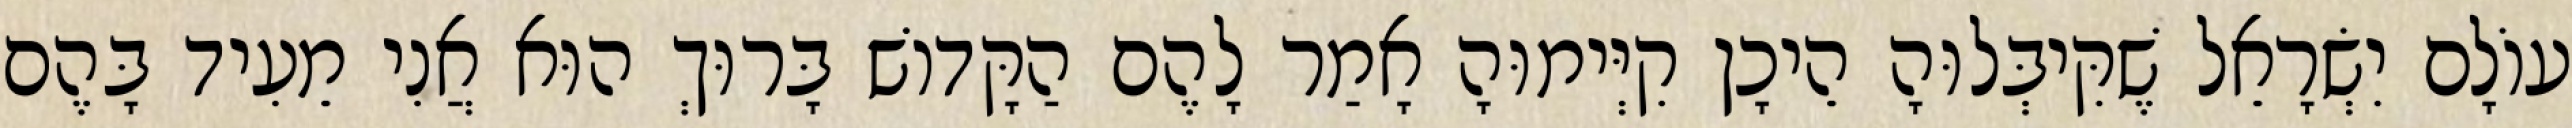
עוֹלָם יִשְׂרָאֵל שֶׁקִּיבְּלוּהָ הֵיכָן קִיְּימוּהָ אָמַר לָהֶם הַקָּדוֹשׁ בָּרוּךְ הוּא אֲנִי מֵעִיד בָּהֶם